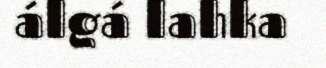
álgá lahka